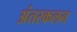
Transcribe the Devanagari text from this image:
अंतरकलन